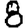
Digit: 8